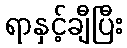
ရာနှင့်ချီပြီး